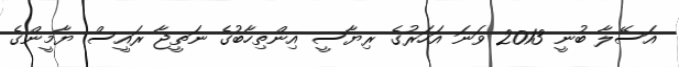
އަސޭލާ ބުނީ 2013 ވަނަ އަހަރުގެ ރިޔާސީ އިންތިހާބުގެ ނަތީޖާ ރައީސް ޔާމީންގެ